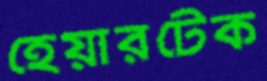
হেয়ারটেক